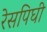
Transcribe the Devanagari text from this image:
रेसपिघी